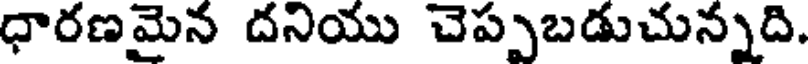
ధారణమైన దనియు చెప్పుబడుచున్నది.